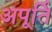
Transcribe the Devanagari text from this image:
अपूर्ति